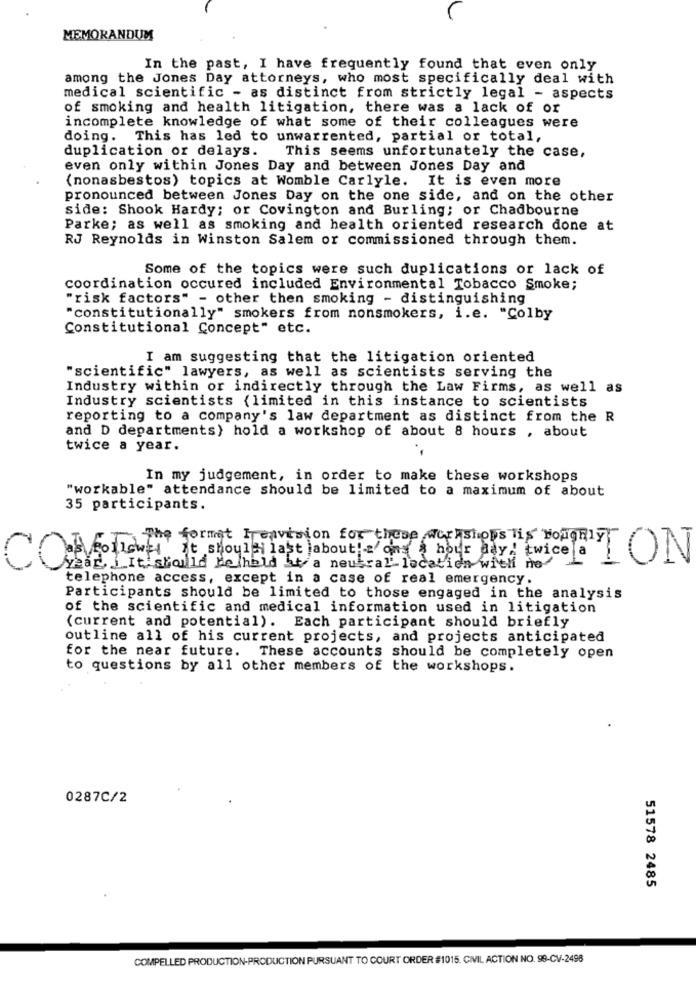
MEMORANDUM
In the past, I have frequently found that even only
among the Jones Day attorneys, who most specifically deal with
medical scientific - as distinct from strictly legal - aspects
of smoking and health litigation, there was a lack of or
incomplete knowledge of what some of their colleagues were
doing.
This has led to unwarrented, partial or total,
duplication or delays.
This seems unfortunately the case,
even only within Jones Day and between Jones Day and
(nonasbestos) topics at Womble Carlyle. It is even more
pronounced between Jones Day on the one side, and on the other
side: Shook Hardy; or Covington and Burling; or Chadbourne
Parke; as well as smoking and health oriented research done at
RJ Reynolds in Winston Salem or commissioned through them.
Some of the topics were such duplications or lack of
coordination occured included Environmental Tobacco Smoke;
"risk factors" - other then smoking - distinguishing
"constitutionally" smokers from nonsmokers, i.e. "Colby
Constitutional Concept" etc.
I am suggesting that the litigation oriented
"scientific" lawyers, as well as scientists serving the
Industry within or indirectly through the Law Firms, as well as
Industry scientists (limited in this instance to scientists
reporting to a company's law department as distinct from the R
and D departments) hold a workshop of about 8 hours , about
twice a year.
In my judgement, in order to make these workshops
"workable" attendance should be limited to a maximum of about
35 participants.
The format Trenvision for these auchstops Tis FORlyON
CON Veohow it should last aboutla one i hour day! twice a
year, j.It'should Be held it a neutral location with no/
telephone access, except in a case of real emergency.
Participants should be limited to those engaged in the analysis
of the scientific and medical information used in litigation
(current and potential). Each participant should briefly
outline all of his current projects, and projects anticipated
for the near future. These accounts should be completely open
to questions by all other members of the workshops.
0287C/2
51578 2485
COMPELLED PRODUCTION-PRODUCTION PURSUANT TO COURT ORDER #1015. CIVIL ACTION NO. 99-CV-2498